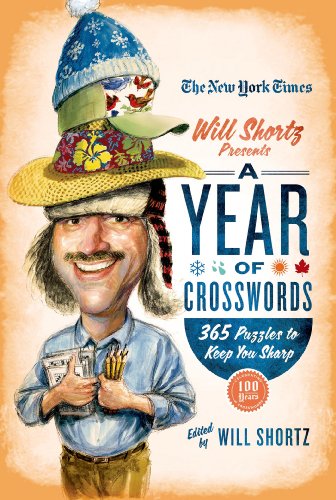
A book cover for The New York Times Will Shortz Presents A Year of Crosswords: 365 Puzzles to Keep You Sharp; The New York Times; Humor & Entertainment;